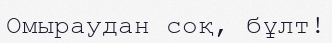
Омыраудан соқ, бұлт!